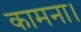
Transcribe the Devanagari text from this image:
कामना।